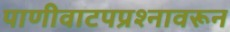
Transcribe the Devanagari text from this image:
पाणीवाटपप्रश्नावरून